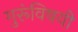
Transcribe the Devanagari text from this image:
गुरूंविषयी